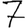
Digit: 7